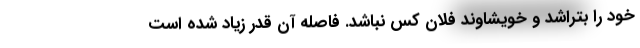
خود را بتراشد و خویشاوند فلان کس نباشد. فاصله آن قدر زیاد شده است